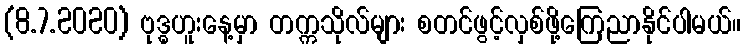
(8.7.2020) ဗုဒ္ဓဟူးနေ့မှာ တက္ကသိုလ်များ စတင်ဖွင့်လှစ်ဖို့ကြေညာနိုင်ပါမယ်။